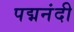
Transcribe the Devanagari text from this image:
पद्मनंदी